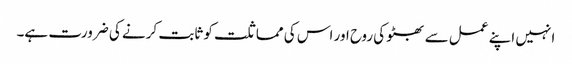
انہیں اپنے عمل سے بھٹو کی روح اور اس کی مماثلت کو ثابت کرنے کی ضرورت ہے۔